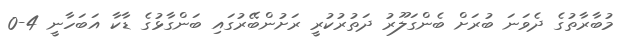
މުބާރާތުގެ ދެވަނަ ބުރަށް ބެންގަލޫރު ދަތުރުކުރީ ރަށުންބޭރުގައި ބަންގާޅުގެ ޑާކާ އަބަހާނީ 4-0